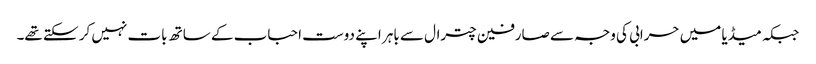
جبکہ میڈیا میں حرابی کی وجہ سے صارفین چترال سے باہر اپنے دوست احباب کے ساتھ بات نہیں کر سکتے تھے۔